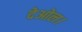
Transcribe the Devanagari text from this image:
देओल।